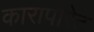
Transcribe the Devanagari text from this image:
कारापोरेट